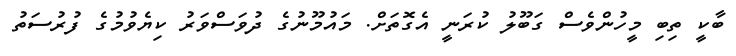
ބާކީ ތިބި މީހުންވެސް ގަބޫލު ކުރަނީ އެގޮތަށް. މައުމޫނުގެ ދުވަސްވަރު ކިޔެވުމުގެ ފުރުސަތު